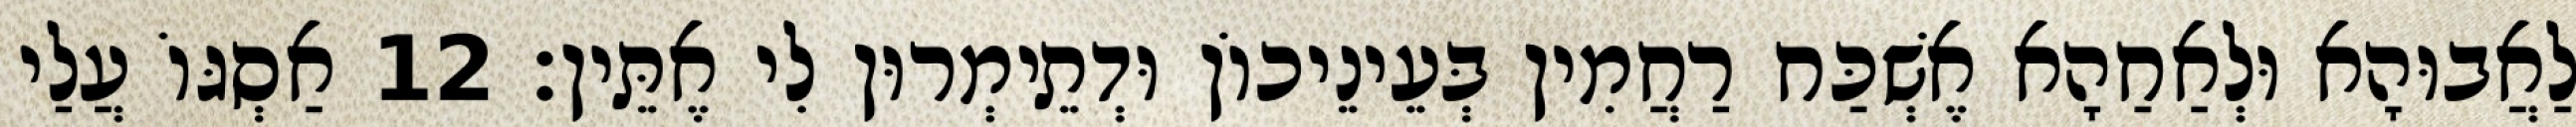
לַאֲבוּהָא וּלְאַחַהָא אֶשְׁכַּח רַחֲמִין בְּעֵינֵיכוֹן וּדְתֵימְרוּן לִי אֶתֵּין׃ 12 אַסְגּוֹ עֲלַי